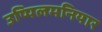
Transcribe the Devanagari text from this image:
उप्पिलमनियार